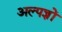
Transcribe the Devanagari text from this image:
अल्पज्ञों